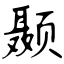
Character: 颞